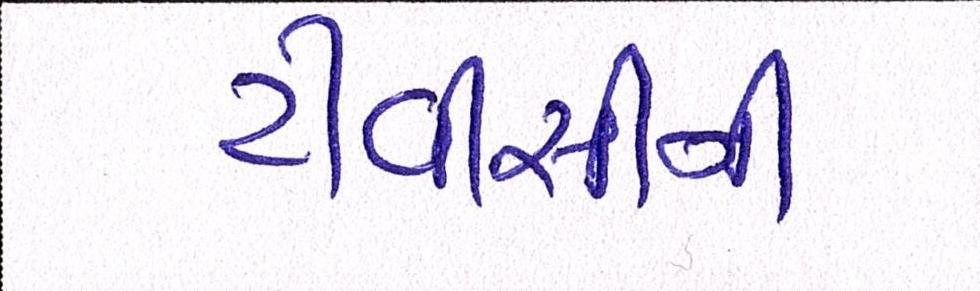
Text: ટીવીસીની